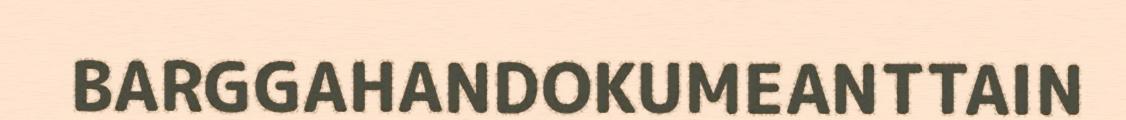
BARGGAHANDOKUMEANTTAIN